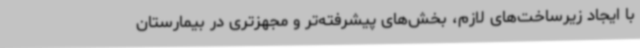
با ایجاد زیرساخت‌های لازم، بخش‌های پیشرفته‌تر و مجهزتری در بیمارستان